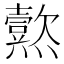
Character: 𱬨